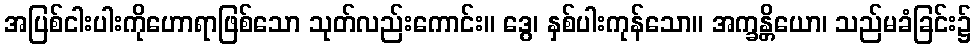
အပြစ်ငါးပါးကိုဟောရာဖြစ်သော သုတ်လည်းကောင်း။ ဒွေ၊ နှစ်ပါးကုန်သော။ အက္ခန္တိယော၊ သည်မခံခြင်း၌